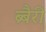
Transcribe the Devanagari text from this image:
ब्र्बैरी